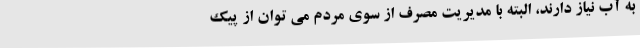
به آب نیاز دارند، البته با مدیریت مصرف از سوی مردم می توان از پیک